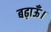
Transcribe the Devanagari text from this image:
बढ़ाऊँ।